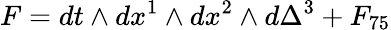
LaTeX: F=dt\wedge dx^{1}\wedge dx^{2}\wedge d\Delta^{3}+F_{75}